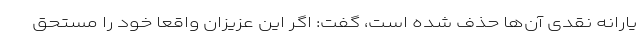
یارانه نقدی آن‌ها حذف شده است، گفت: اگر این عزیزان واقعاً خود را مستحق